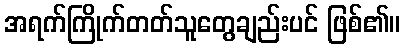
အရက်ကြိုက်တတ်သူတွေချည်းပင် ဖြစ်၏။